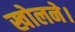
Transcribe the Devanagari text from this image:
खोलने।